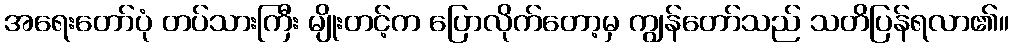
အရေးတော်ပုံ တပ်သားကြီး မျိုးတင့်က ပြောလိုက်တော့မှ ကျွန်တော်သည် သတိပြန်ရလာ၏။